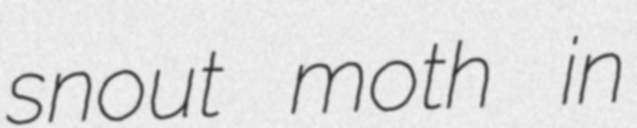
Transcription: snout moth in